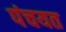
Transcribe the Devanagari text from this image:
पंचयत